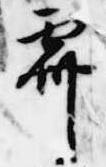
霽